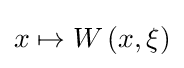
x\mapsto W\left(x,\xi \right)